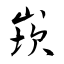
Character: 崁